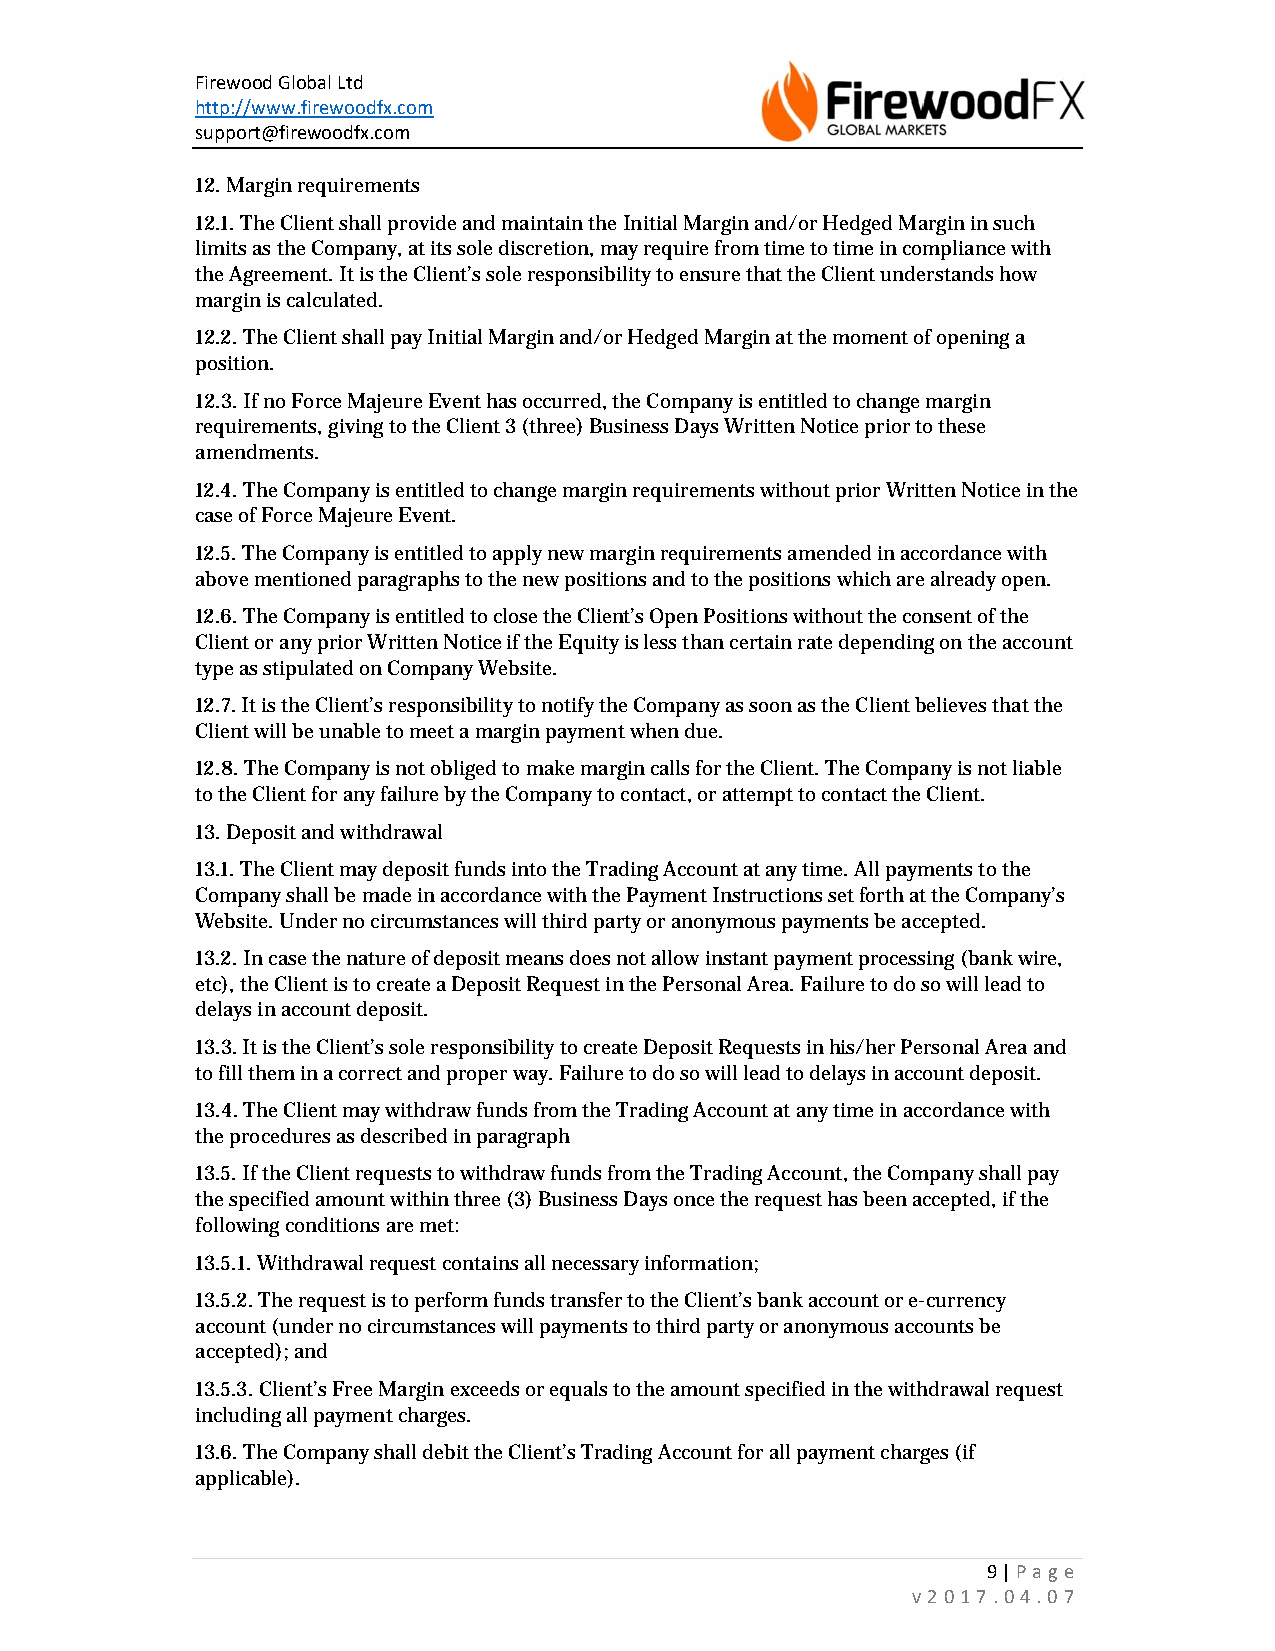
Firewood Global Ltd
 http://www.firewoodfx.com
 support@firewoodfx.com
 12. Margin requirements
 12.1. The Client shall provide and maintain the Initial Margin and/or Hedged Margin in such
 limits as the Company, at its sole discretion, may require from time to time in compliance with
 the Agreement. It is the Client’s sole responsibility to ensure that the Client understands how
 margin is calculated.
 12.2. The Client shall pay Initial Margin and/or Hedged Margin at the moment of opening a
 position.
 12.3. If no Force Majeure Event has occurred, the Company is entitled to change margin
 requirements, giving to the Client 3 (three) Business Days Written Notice prior to these
 amendments.
 12.4. The Company is entitled to change margin requirements without prior Written Notice in the
 case of Force Majeure Event.
 12.5. The Company is entitled to apply new margin requirements amended in accordance with
 above mentioned paragraphs to the new positions and to the positions which are already open.
 12.6. The Company is entitled to close the Client’s Open Positions without the consent of the
 Client or any prior Written Notice if the Equity is less than certain rate depending on the account
 type as stipulated on Company Website.
 12.7. It is the Client’s responsibility to notify the Company as soon as the Client believes that the
 Client will be unable to meet a margin payment when due.
 12.8. The Company is not obliged to make margin calls for the Client. The Company is not liable
 to the Client for any failure by the Company to contact, or attempt to contact the Client.
 13. Deposit and withdrawal
 13.1. The Client may deposit funds into the Trading Account at any time. All payments to the
 Company shall be made in accordance with the Payment Instructions set forth at the Company’s
 Website. Under no circumstances will third party or anonymous payments be accepted.
 13.2. In case the nature of deposit means does not allow instant payment processing (bank wire,
 etc), the Client is to create a Deposit Request in the Personal Area. Failure to do so will lead to
 delays in account deposit.
 13.3. It is the Client’s sole responsibility to create Deposit Requests in his/her Personal Area and
 to fill them in a correct and proper way. Failure to do so will lead to delays in account deposit.
 13.4. The Client may withdraw funds from the Trading Account at any time in accordance with
 the procedures as described in paragraph
 13.5. If the Client requests to withdraw funds from the Trading Account, the Company shall pay
 the specified amount within three (3) Business Days once the request has been accepted, if the
 following conditions are met:
 13.5.1. Withdrawal request contains all necessary information;
 13.5.2. The request is to perform funds transfer to the Client’s bank account or e-currency
 account (under no circumstances will payments to third party or anonymous accounts be
 accepted); and
 13.5.3. Client’s Free Margin exceeds or equals to the amount specified in the withdrawal request
 including all payment charges.
 13.6. The Company shall debit the Client’s Trading Account for all payment charges (if
 applicable).
 9 | Page
 v2017.04.07